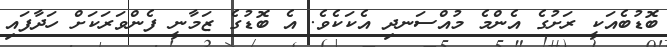
ބޮޑުބެއަކީ ރަށުގެ އެންމެ މުއްސަނދި އެކަކެވެ. އެ ބޮޑުގެ ޒަމާނީ ފެންވަރަކަށް ހަދާފައި